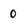
Character: 0